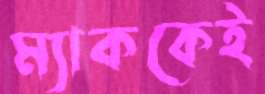
ম্যাককেই